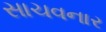
સાચવનાર